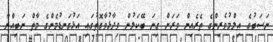
ނަސަބުގެ އިލްމުވެރިންގެ ތެރެއިން ވަރަށް ގިނަ ބޭކަލުން ވިދާޅުވާގޮތުގައި އަޅުގަނޑުމެންގެ މާތް ނަބިއްޔާ